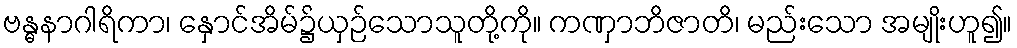
ဗန္ဓနာဂါရိကာ၊ နှောင်အိမ်၌ယှဉ်သောသူတို့ကို။ ကဏှာဘိဇာတိ၊ မည်းသော အမျိုးဟူ၍။